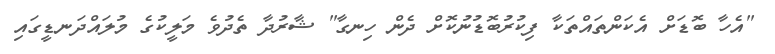
"އެހާ ބޮޑަށް އެކަންތައްތަކާ ފިކުރުބޮޑުނުކޮށް ދެން ހިނގާ" ޝާރުދާ ތެދުވެ މަލީކުގެ މުލައްދަނޑީގައި